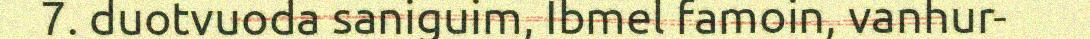
7. duotvuoda saniguim, Ibmel famoin, vanhur-